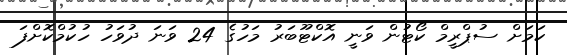
ކަމަށް ސުޕްރީމް ކޯޓުން ވަނީ އޮކްޓޫބަރު މަހުގެ 24 ވަނަ ދުވަހު ހުކުމްކޮށްފަ